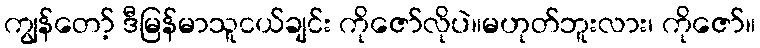
ကျွန်တော့် ဒီမြန်မာသူငယ်ချင်း ကိုဇော်လိုပဲ။မဟုတ်ဘူးလား၊ ကိုဇော်။